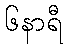
၆နာရီ